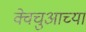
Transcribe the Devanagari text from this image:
क्वेचुआच्या